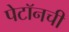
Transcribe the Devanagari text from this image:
पेटॉनची